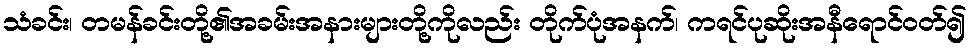
သံခင်း၊ တမန်ခင်းတို့၏အခမ်းအနားများတို့ကိုလည်း တိုက်ပုံအနက်၊ ကရင်ပုဆိုးအနီရောင်ဝတ်၍